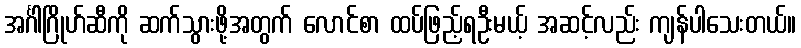
အင်္ဂါဂြိုဟ်ဆီကို ဆက်သွားဖို့အတွက် လောင်စာ ထပ်ဖြည့်ရဦးမယ့် အဆင့်လည်း ကျန်ပါသေးတယ်။